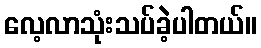
လေ့လာသုံးသပ်ခဲ့ပါတယ်။